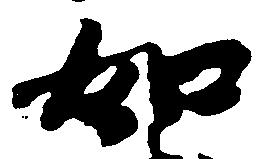
如